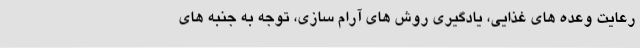
رعایت وعده های غذایی، یادگیری روش های آرام سازی، توجه به جنبه های